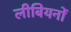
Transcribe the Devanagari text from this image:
लीबियनों